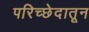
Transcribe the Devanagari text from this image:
परिच्छेदातून